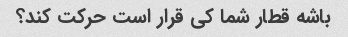
باشه قطار شما کی قرار است حرکت کند؟